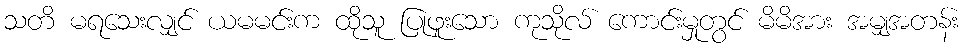
သတိ မရသေးလျှင် ယမမင်းက ထိုသူ ပြုဖူးသော ကုသိုလ် ကောင်းမှုတွင် မိမိအား အမျှအတန်း